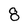
Character: 8